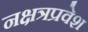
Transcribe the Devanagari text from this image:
नक्षत्रप्रवेश